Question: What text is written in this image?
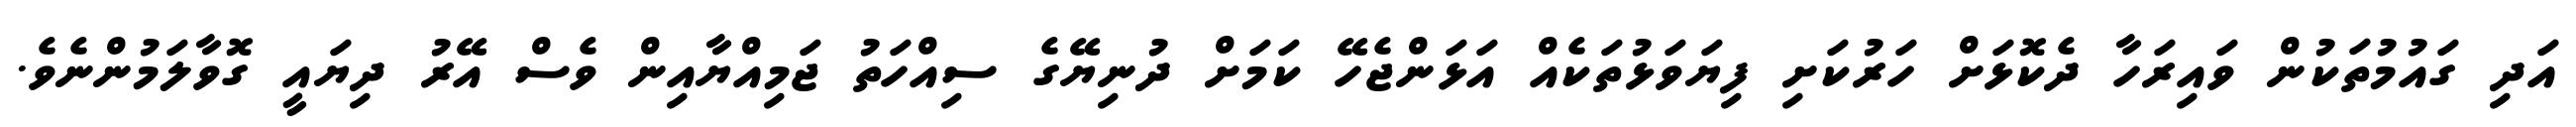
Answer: އަދި ގައުމުތަކުން ވައިރަހާ ދެކޮޅަށް ހަރުކަށި ފިޔަވަޅުތަކެއް އަޅަންޖެހޭ ކަމަށް ދުނިޔޭގެ ސިއްހަތު ޖަމިއްޔާއިން ވެސް އޭރު ދިޔައީ ގޮވާލަމުންނެވެ.